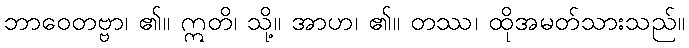
ဘာဝေတဗ္ဗာ၊ ၏။ ဣတိ၊ သို့။ အာဟ၊ ၏။ တဿ၊ ထိုအမတ်သားသည်။